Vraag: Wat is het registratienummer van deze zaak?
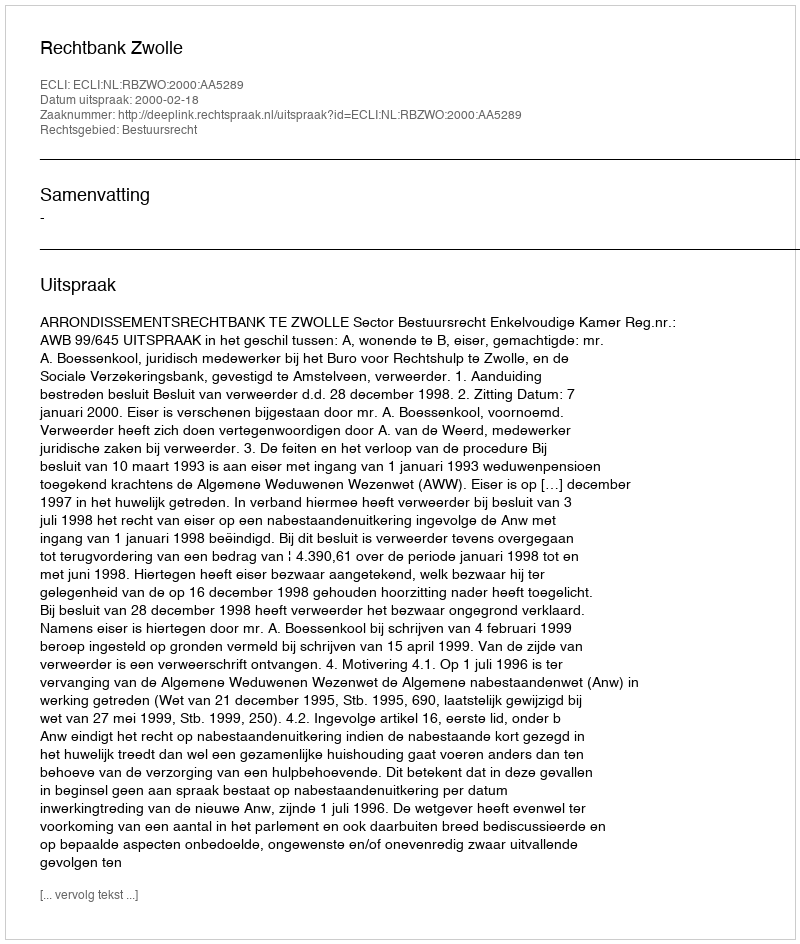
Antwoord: http://deeplink.rechtspraak.nl/uitspraak?id=ECLI:NL:RBZWO:2000:AA5289